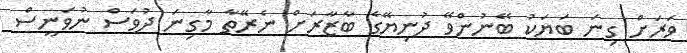
ވަރަށް ގިނަ ބަޔަކު ބޭނުންވޭ ދުނިޔޭގެ ބާޒާރަށް ނެރޭތާ މާގިނަ ދުވަސް ނުވަނީސް